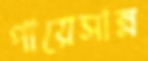
পায়েসান্ন